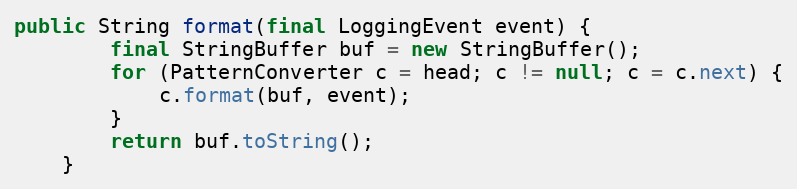
Language: Java
public String format(final LoggingEvent event) {
		final StringBuffer buf = new StringBuffer();
		for (PatternConverter c = head; c != null; c = c.next) {
			c.format(buf, event);
		}
		return buf.toString();
	}